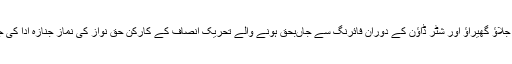
فیصل آباد، جلاؤ گھیراؤ اور شٹر ڈاؤن کے دوران فائرنگ سے جاں‌بحق ہونے والے تحریک انصاف کے کارکن حق نواز کی نماز جنازہ ادا کی جا رہی ہے۔